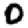
Digit: 0